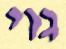
גוי